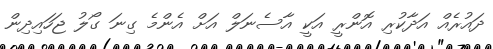
ދައުރެއް އަދާކުރި އޮންރީ އަކީ އާސެނަލް އަށް އެންމެ ގިނަ ގޯލު ޖަހައިދިން